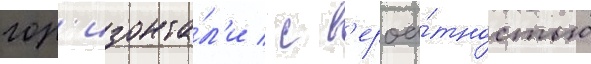
гор'изонта́л'и / с в'ероа́тностью